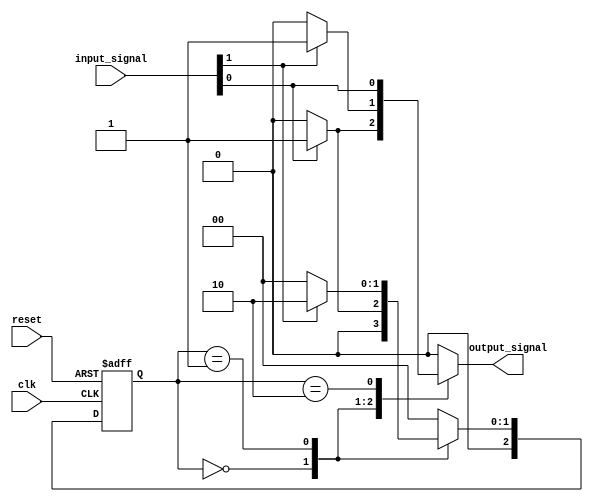
module MealyFSM #(
    parameter N = 3 // Number of states (3 bits for 8 states)
) (
    input wire clk,         // Clock signal
    input wire reset,       // Asynchronous reset signal
    input wire [N-1:0] input_signal, // N-bit input signal
    output reg output_signal // Output signal
);

    // State encoding
    localparam S0 = 3'b000; // State 0
    localparam S1 = 3'b001; // State 1
    localparam S2 = 3'b010; // State 2

    reg [N-1:0] current_state, next_state;

    // State transition logic
    always @(*) begin
        case (current_state)
            S0: begin
                if (input_signal[0]) begin
                    next_state = S1;
                    output_signal = 1; // Output based on input
                end else begin
                    next_state = S0;
                    output_signal = 0; // Output based on input
                end
            end
            S1: begin
                if (input_signal[1]) begin
                    next_state = S2;
                    output_signal = 1; // Output based on input
                end else begin
                    next_state = S0;
                    output_signal = 0; // Output based on input
                end
            end
            S2: begin
                next_state = S0; // Always transition back to S0
                output_signal = input_signal[0]; // Output depends on input
            end
            default: begin
                next_state = S0;
                output_signal = 0;
            end
        endcase
    end

    // State register
    always @(posedge clk or posedge reset) begin
        if (reset) begin
            current_state <= S0; // Initialize to state S0
        end else begin
            current_state <= next_state; // Update to next state
        end
    end

endmodule